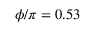
\phi / \pi = 0 . 5 3